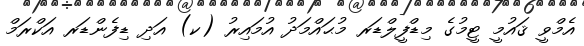
އެމްވީ ޤައުމީ ޓީމުގެ މިޑްފީލްޑަރ މުޙައްމަދު އުމައިރު (ކ) އަދި ޑިފެންޑަރ އަކްރަމް